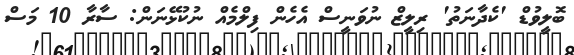
ބޮލީވުޑް 'ކެދާނަތު' ރިލީޒް ނުވަނީސް އެހެން ފިލްމެއް ނުކުޅޭނަން: ސާރާ 10 މަސް